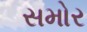
સમોર